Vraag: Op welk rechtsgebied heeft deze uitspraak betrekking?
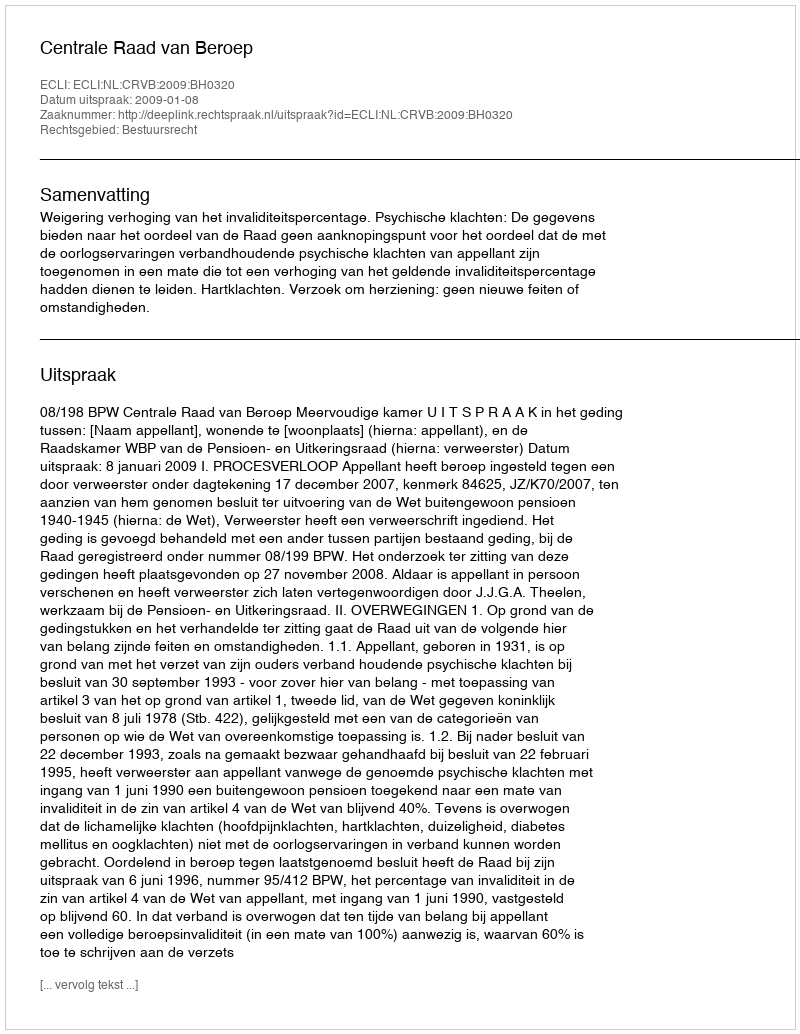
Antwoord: Bestuursrecht